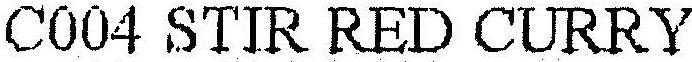
C004 STIR RED CURRY